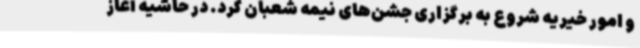
و امور خیریه شروع به برگزاری جشن‌های نیمه شعبان کرد. در حاشیه آغاز